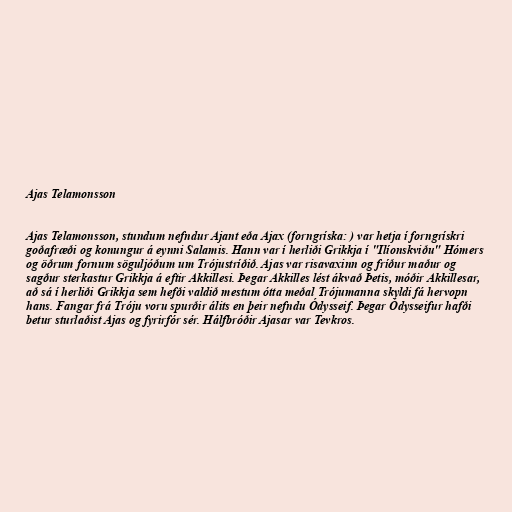
Ajas Telamonsson

Ajas Telamonsson, stundum nefndur Ajant eða Ajax (forngríska: ) var hetja í forngrískri
goðafræði og konungur á eynni Salamis. Hann var í herliði Grikkja í "Ilíonskviðu" Hómers
og öðrum fornum söguljóðum um Trójustríðið. Ajas var risavaxinn og fríður maður og
sagður sterkastur Grikkja á eftir Akkillesi. Þegar Akkilles lést ákvað Þetis, móðir Akkillesar,
að sá í herliði Grikkja sem hefði valdið mestum ótta meðal Trójumanna skyldi fá hervopn
hans. Fangar frá Tróju voru spurðir álits en þeir nefndu Ódysseif. Þegar Ódysseifur hafði
betur sturlaðist Ajas og fyrirfór sér. Hálfbróðir Ajasar var Tevkros.